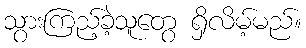
သွားကြည့်ခဲ့သူတွေ ရှိလိမ့်မည်။